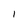
Character: I